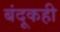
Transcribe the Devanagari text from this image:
बंदूकही